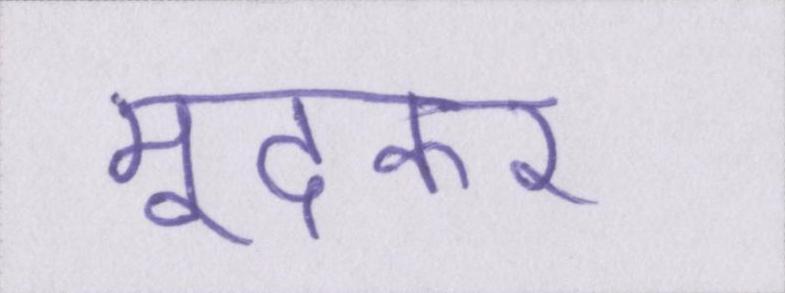
मूंदकर